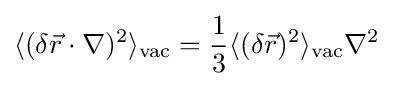
\langle (\delta {\vec {r}}\cdot \nabla )^{2}\rangle _{\rm {vac}}={\frac {1}{3}}\langle (\delta {\vec {r}})^{2}\rangle _{\rm {vac}}\nabla ^{2}